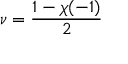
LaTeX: \nu = { \frac { 1 - \chi ( - 1 ) } { 2 } }